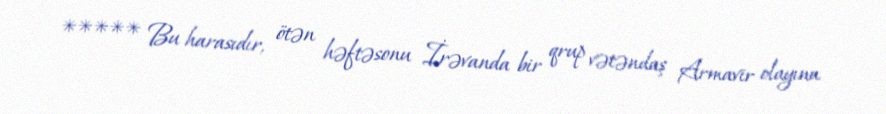
***** Bu harasıdır, ötən həftəsonu İrəvanda bir qrup vətəndaş Armavir olayına